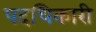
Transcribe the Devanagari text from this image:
पदधिकारी